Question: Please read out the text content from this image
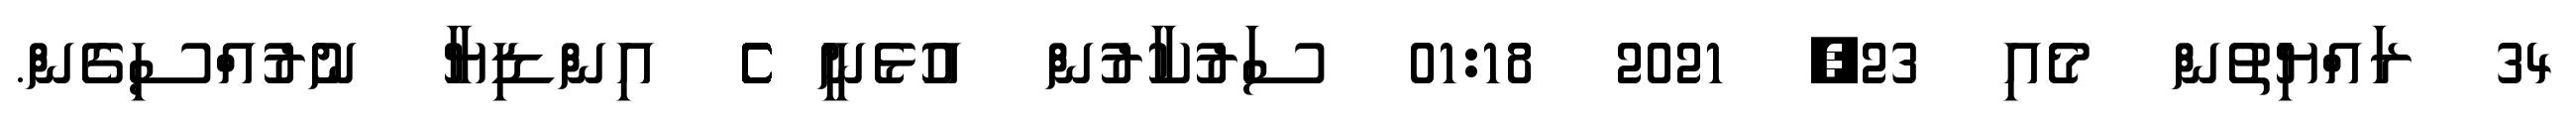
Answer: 34 ރައްޔިތުން މެއި 23, 2021 01:18 ސަރުކާރުން އުޅެނީ ެެެެެެެެެެެެެެެެެެެެެެެެެެެެެެެެެެެެެެެެެެެެެެެެެެެެެެެެެެެެެެެ އިންޑިޔާ ނުރުއްސިގެން.